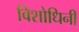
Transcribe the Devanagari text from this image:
विशोधिनी